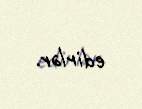
edirlər.